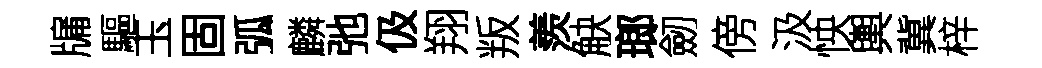
牖驅玉固弧麟弛伋翔叛羨觖瑯劒傍汲怏輿冀梓